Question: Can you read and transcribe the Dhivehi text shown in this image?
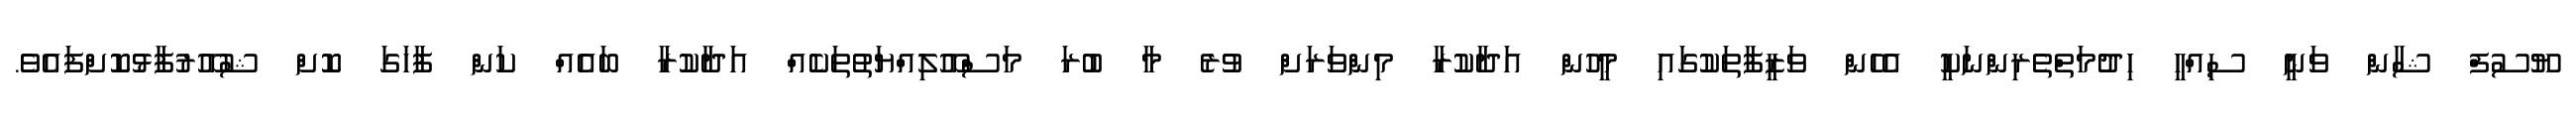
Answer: ޔޫސުފް ޝާން ވަނީ ސިއްހީ ހިދުމަތްތެރިންނަކީ އެހެން ވަޒީފާތަކުގައި މީހުން އަދާކުރާ މިންވަރަށް ވުރެ މާ ބުރަ މަސްއޫލިއްޔަތުތަކެއް އަދާކުރާ ބައެއް ކަން ފާހަގަ ކޮށް ޝުއޫރުފާޅުކޮށްފައެވެ.